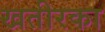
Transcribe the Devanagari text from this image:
खतीरका